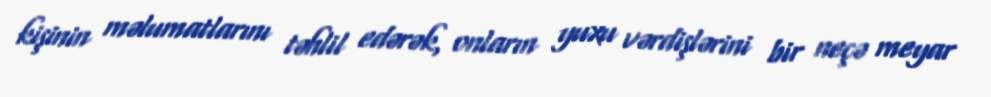
kişinin məlumatlarını təhlil edərək, onların yuxu vərdişlərini bir neçə meyar